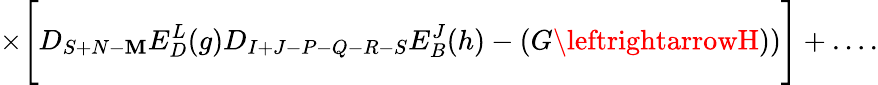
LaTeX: \times\Biggl[D_{S+N-\mathbf{M}}E_{D}^{L}(g)D_{I+J-P-Q-R-S}E_{B}^{J}(h)-(G\leftrightarrowH))\Biggr]+\ldots.